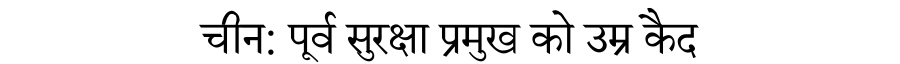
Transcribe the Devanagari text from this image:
चीन: पूर्व सुरक्षा प्रमुख को उम्र कैद